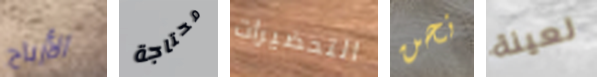
الأرباح محتاجة التحضيرات نحن لعينة